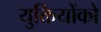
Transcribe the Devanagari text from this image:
युक्तियोंको